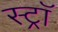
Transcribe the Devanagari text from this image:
स्ट्राॅ